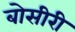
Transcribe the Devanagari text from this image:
बोसीरी